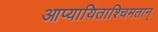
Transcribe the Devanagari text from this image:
आप्यायिताश्चिमतान्